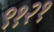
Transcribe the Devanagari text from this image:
९१२१